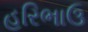
હરિભાઉ